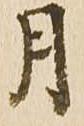
月